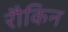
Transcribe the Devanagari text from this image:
रौकिन